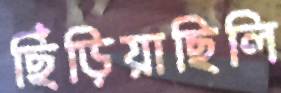
ছিঁড়িয়াছিলি